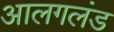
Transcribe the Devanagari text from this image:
आलगलंड